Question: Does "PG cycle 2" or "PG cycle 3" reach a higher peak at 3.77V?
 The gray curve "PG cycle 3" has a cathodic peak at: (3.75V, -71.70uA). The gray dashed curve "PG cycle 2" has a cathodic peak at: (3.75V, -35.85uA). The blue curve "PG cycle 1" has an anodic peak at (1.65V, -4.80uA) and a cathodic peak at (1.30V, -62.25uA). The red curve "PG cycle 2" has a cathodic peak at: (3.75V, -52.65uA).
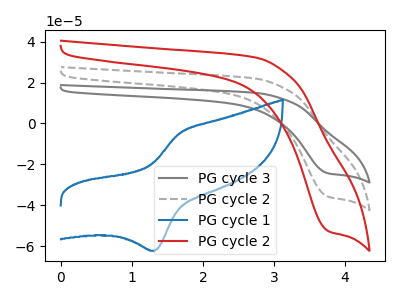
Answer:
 <answer>The peak at 3.77V is lower in "PG cycle 2" than in "PG cycle 3".</answer>
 <eval>lower</eval>